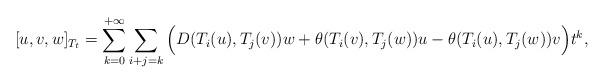
LaTeX: \begin{align*}\quad\;[u,v,w]_{T_t}&=\displaystyle\sum_{k=0}^{+\infty}\sum_{i+j=k}\Big(D(T_i(u),T_j(v))w+\theta(T_i(v),T_j(w))u-\theta(T_i(u),T_j(w))v\Big)t^{k},\end{align*}